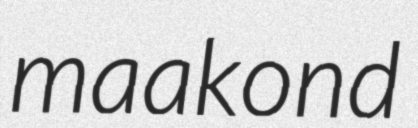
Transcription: maakond